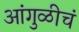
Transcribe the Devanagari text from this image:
आंगुळीचं